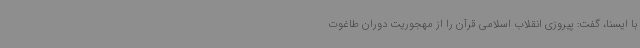
با ایسنا، گفت: پیروزی انقلاب اسلامی قرآن را از مهجوریت دوران طاغوت